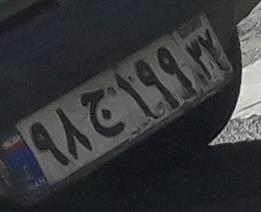
۹۸ج۱۹۹۲۲